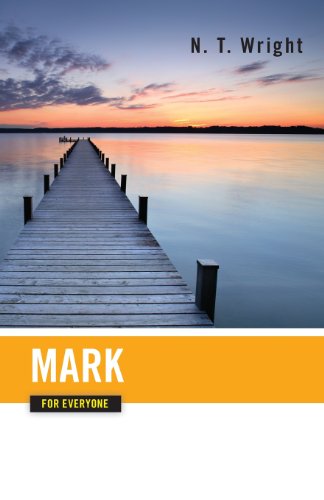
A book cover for Mark for Everyone (The New Testament for Everyone); Tom Wright; Christian Books & Bibles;